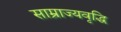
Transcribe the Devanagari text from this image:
साम्राज्यवृद्धि